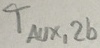
Text: TAUX,2b